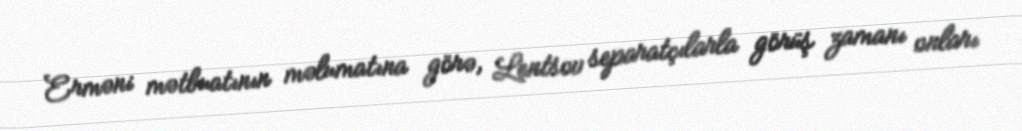
Erməni mətbuatının məlumatına görə, Lentsov separatçılarla görüş zamanı onları